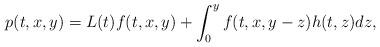
LaTeX: \begin{align*}p(t,x,y)= L(t)f(t,x,y)+\int_{0}^{y}f(t,x,y-z)h(t,z)dz,\end{align*}